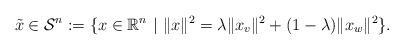
\begin{align*} \Tilde{x}\in\mathcal{S}^n:=\{x\in\mathbb{R}^n\ |\ \|x\|^2=\lambda \|x_v\|^2 + (1-\lambda)\|x_w\|^2 \}.\end{align*}